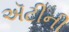
ઍટીની